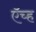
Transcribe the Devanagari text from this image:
ऍच्ह